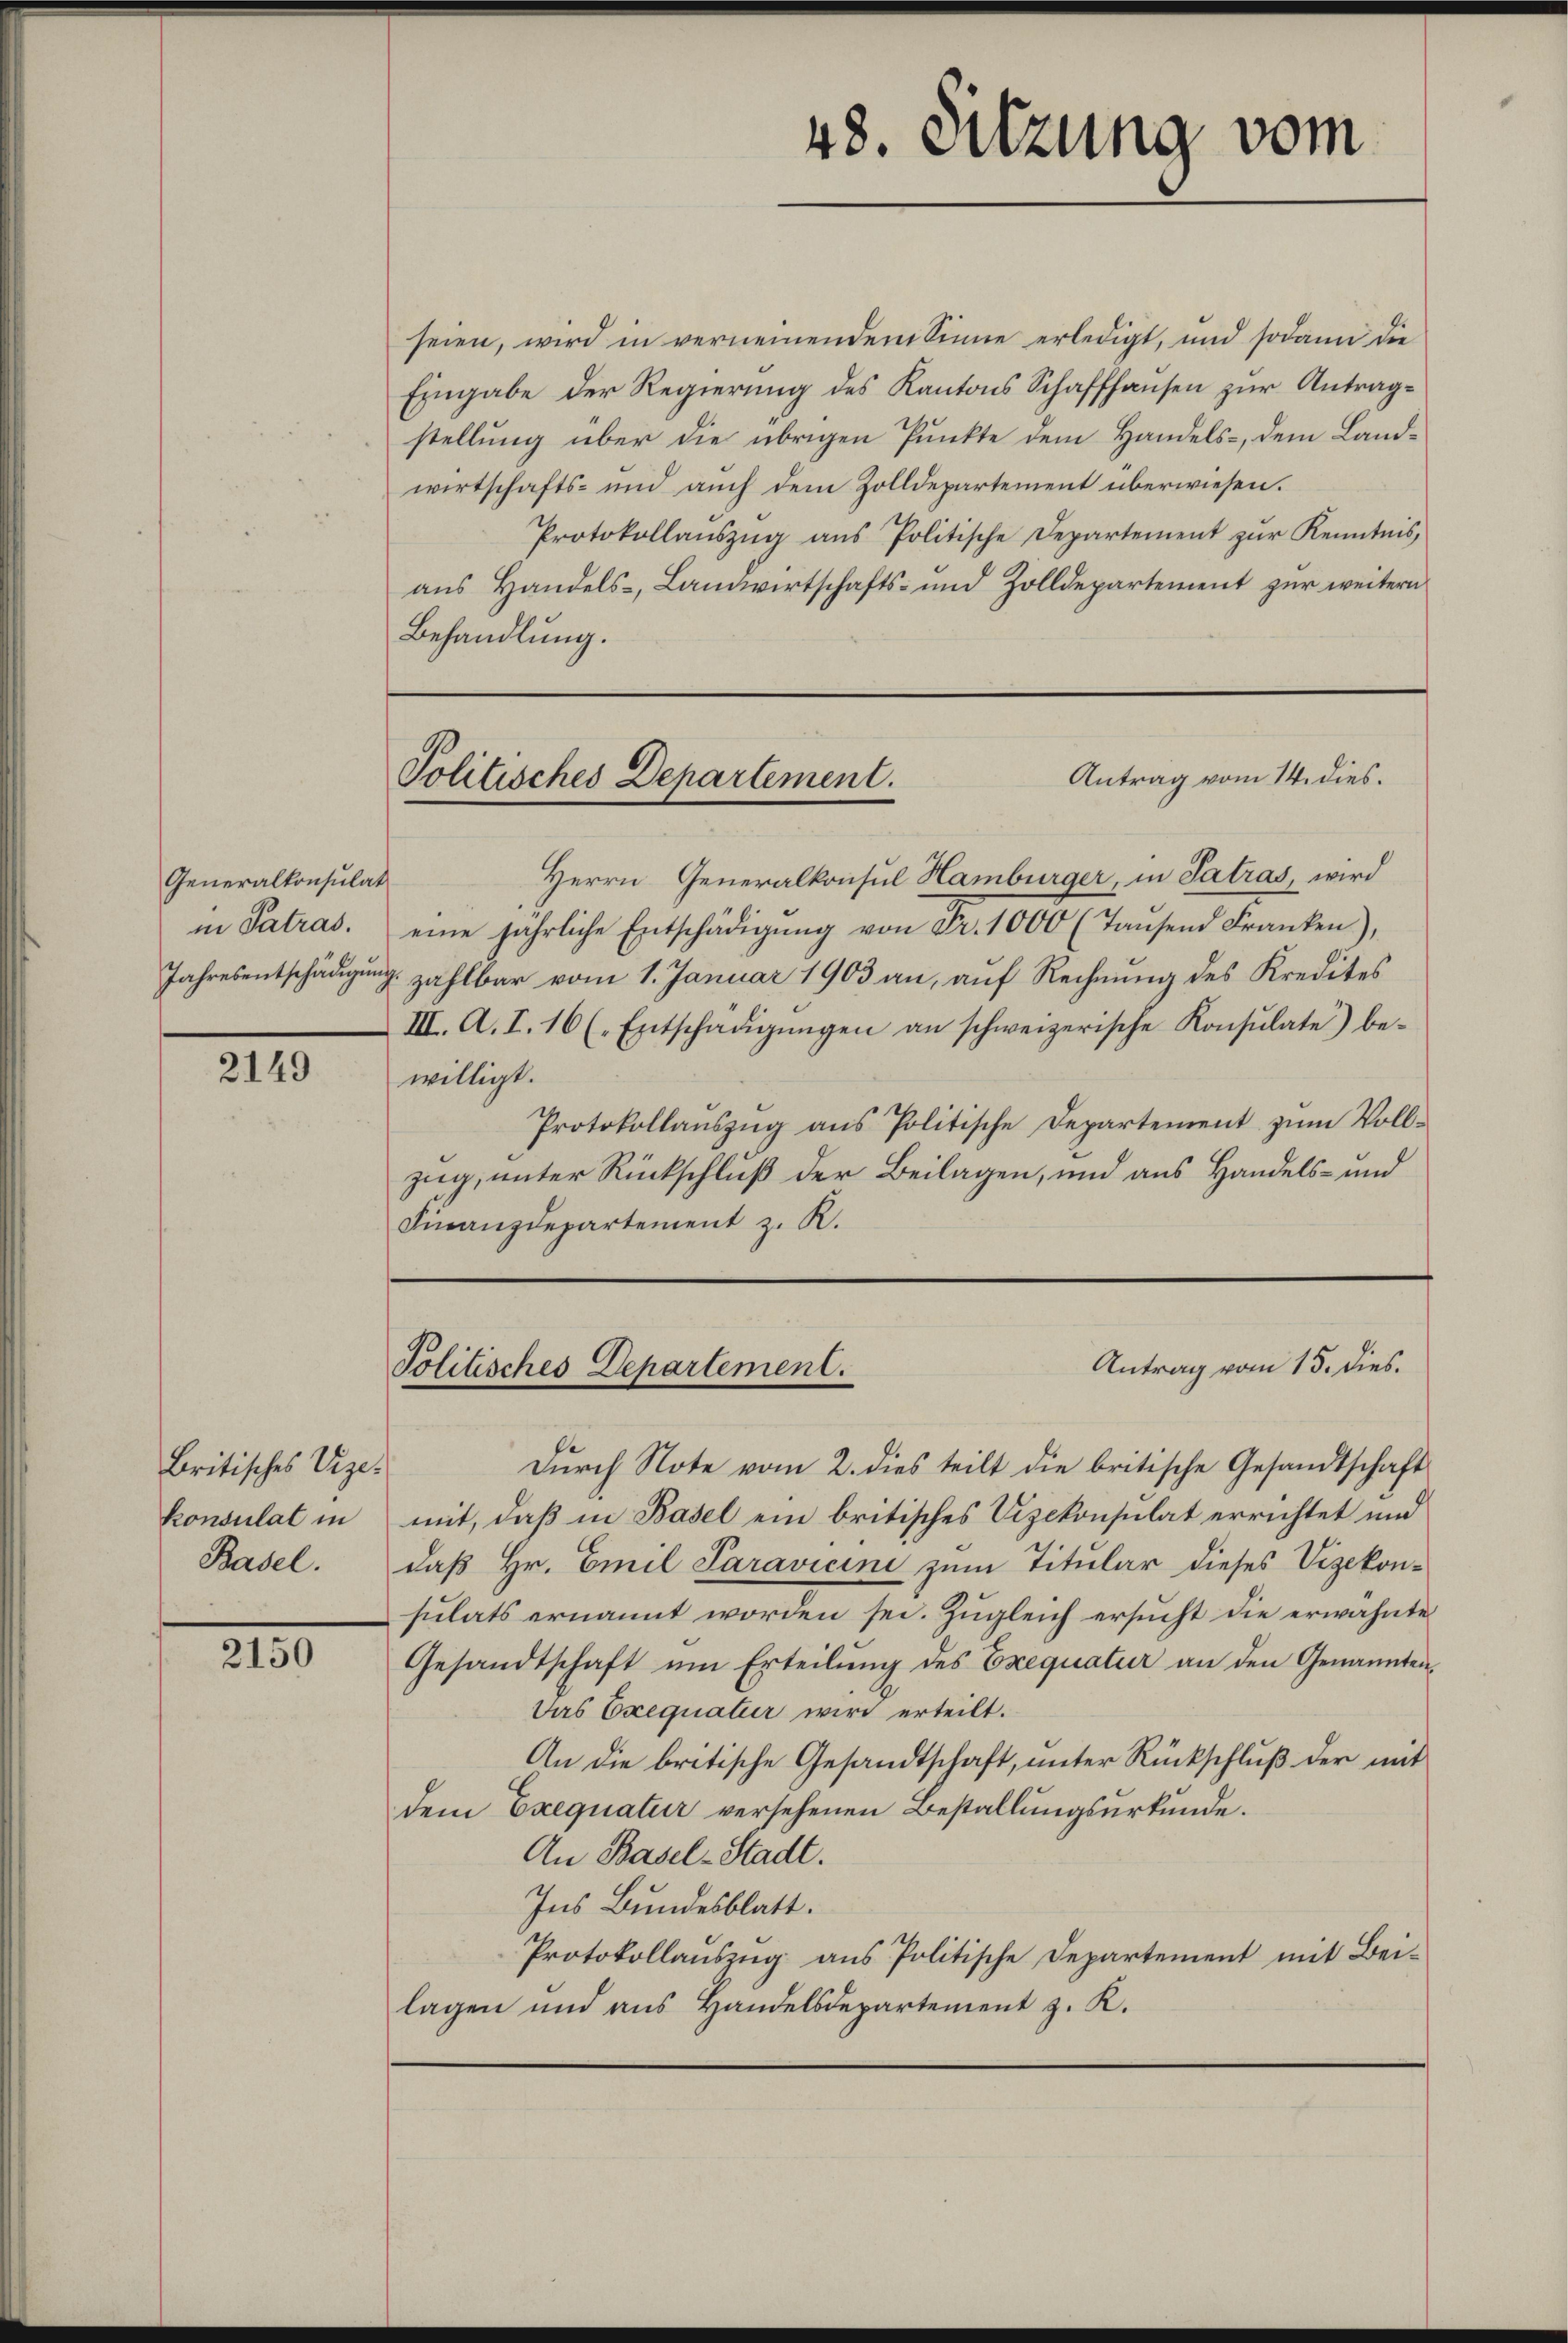
Generalkonsulat
in Patras.

2149

seien, wird in verneinendem Sinne erledigt, und sodann die
Eingabe der Regierung des Kantons Schaffhausen zur Antragstellung über die übrigen Punkte dem Handels-, dem Landwirtschafts- und auch dem Zolldepartement überwiesen.
Protokollaŭszŭg aŭs Politische Departement zŭr Kenntnis,
ans Handels- Landwirtschafts- und Zolldepartement zŭr weitern
Behandlŭng.

Britisches Vizekonsulat in
Basel.

2150

Herrn Generalkonsul Hamburger, in Satras, wird
eine jährliche Entschädigung von Fr. 1000 (Tausend Franken),
Jahresentschädigung zahlbar vom 1. Januar 1903 an, auf Rechnung des Kredites
III. A. I. 16 (Entschädigŭngen an schweizerische Konsulate) bewilligt.
Protokollauszug aus Politische Departement zum Vollzug, unter Rückschluß der Beilagen, und aus Handels- und
Finanzdepartement z. R.

Dŭrch Note vom 2. dies teilt die britische Gesandtschaft
mit, daß in Basel ein britisches Vizekonsulat errichtet und
daß Hr. Emil Saravicini zum Titular dieses Vizekonsulats ernannt worden sei. Zugleich ersucht die erwähnte
Gesandtschaft ŭm Erteilŭng des Exequatur an den Genannten-
Das Exequatur wird erteilt.
An die britische Gesandtschaft, unter Rückschluß der mit
dem Exequatur versehenen Bestallungsurkunde.
An Basel-Stadt.
Ins Bundesblatt.
Protokollauszug aus Politische Departement mit Bei-
lagen und aus Handelsdepartement z. K.

48. Sitzung vom

Antrag vom 14. dies.
Politisches Departement.

Antrag vom 15. dies.
Politisches Departement.